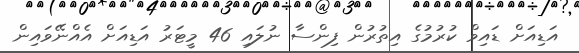
އަޑިއަށް ޑައިވް ކުރުމުގެ އިތުރުން ފިންސާ ނުލައި 46 މީޓަރު އަޑިއަށް އެއްނޭވައިން